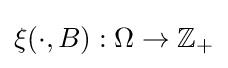
\xi (\cdot ,B):\Omega \to \mathbb {Z} _{+}